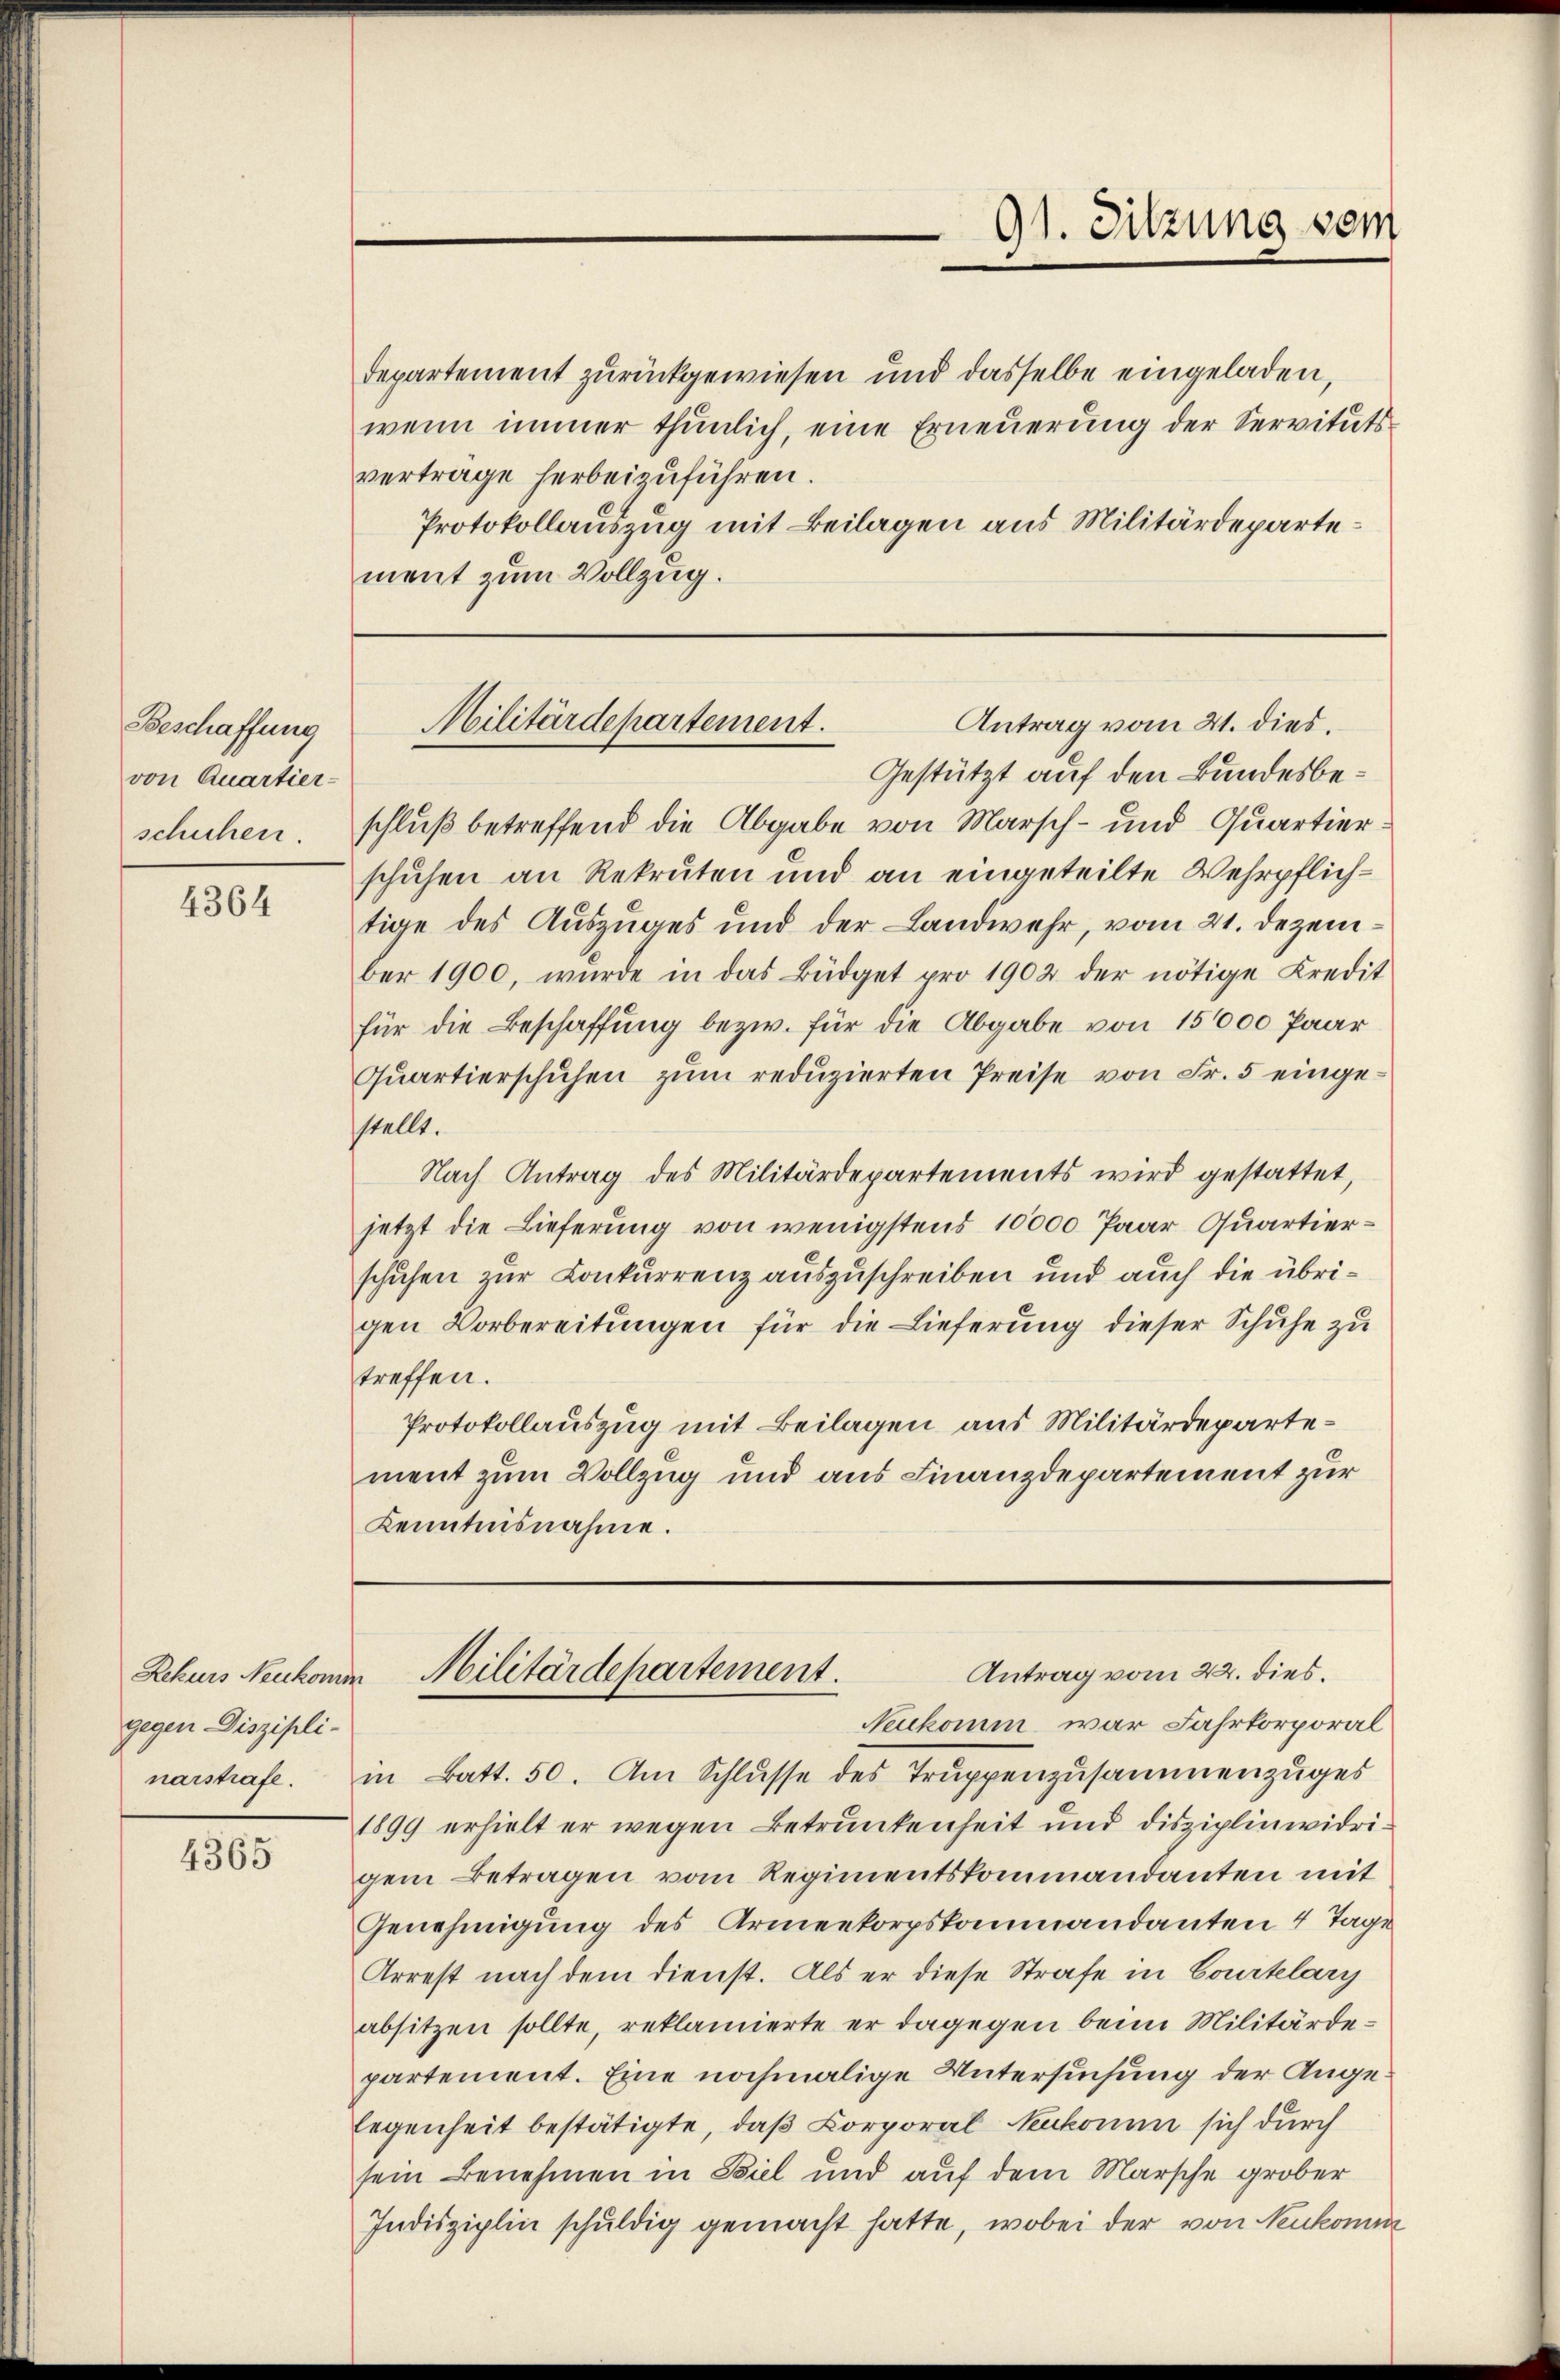
Beschaffung
von Quartier-
schichen.

4364

gegen Diszipli-

4365

Departement zurückgewiesen und dasselbe eingeladen,
wenn immer thunlich, eine Erneuerung der Servitutsverträge herbeizuführen.
Protokollauszug mit Beilagen aus Militärdepartement zum Vollzug.

Gestützt auf den Bundesbeschluß betreffend die Abgabe von Marsch- und Quartierschuhen an Rekruten und an eingeteilte Wehrpflichtige des Auszuges und der Landwehr, vom 21. Dezember 1900, wŭrde in das Büdget pro 1902 der nötige Kredit
für die Beschaffung bezw. für die Abgabe von 150000 Paar
Quartierschuhen zŭm reduzierten Preise von Fr. 5 eingestellt.
Nach Antrag des Militärdepartements wird gestattet,
jetzt die Lieferung von wenigstens 10000 Paar Quartierschuhen zur Conkurrenz auszuschreiben und auch die übrigen Vorbereitungen für die Lieferung dieser Schuhe zu
treffen.
Protokollauszug mit Beilagen aus Militärdepartement zum Vollzug und aus Finanzdepartement zur
Kenntnisnahme.

91. Sitzung vom

Antrag vom 21. dies.
Militärdepartement.

Neukomm war Fahrkorporal
narstrafe. in Batt. 50. Am Schlusse des Truppenzusammenzuges
1899 erhielt er wegen Betrunkenheit und disziplinwidrigem Betragen vom Regimentskommandanten mit
Genehmigung des Armeekorpskommandanten 4 Tage
Arrest nach dem dienst. Als er diese Strafe in Courtelary
absitzen sollte, reklamierte er dagegen beim Militärdepartement. Eine nochmalige Untersuchung der Angelegenheit bestätigte, daß Corporal Neukoman sich durch
sein Benehmen in Biel und auf dem Marsche grober
Indisziplin schuldig gemacht hatte, wobei der von Neukomm

Antrag vom 22. dies.
Rekurs Neukomme Militärdepartement.